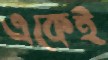
একেই